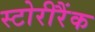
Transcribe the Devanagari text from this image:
स्टोरीरैंक